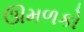
ઊમળકો